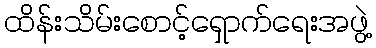
ထိန်းသိမ်းစောင့်ရှောက်ရေးအဖွဲ့